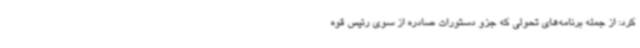
کرد: از جمله برنامه‌های تحولی که جزو دستورات صادره از سوی رئیس قوه